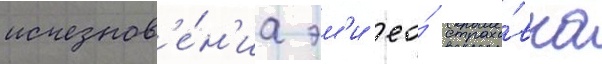
исчезнов'е́н'иа эм'и ео́ страхо́вка